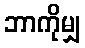
ဘာကိုမျှ